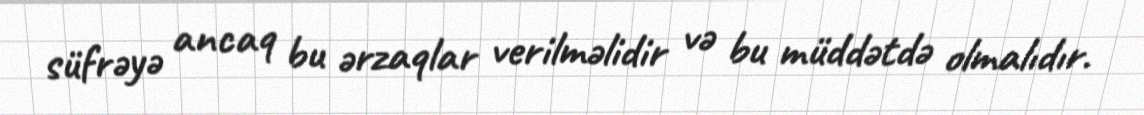
süfrəyə ancaq bu ərzaqlar verilməlidir və bu müddətdə olmalıdır.